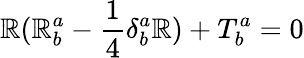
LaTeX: \mathbb{R}(\mathbb{R}_{b}^{a}-\frac{{1}}{{4}}\delta_{b}^{a}\mathbb{R})+T_{b}^{a}=0